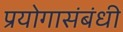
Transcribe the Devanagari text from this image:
प्रयोगासंबंधी